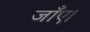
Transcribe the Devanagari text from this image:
जाँए।